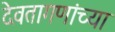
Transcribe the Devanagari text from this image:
देवतागणांच्या